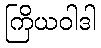
ကြိယဝါဒါ